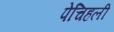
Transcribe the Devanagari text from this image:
पेचिहली